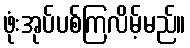
ဖုံးအုပ်ပစ်ကြလိမ့်မည်။